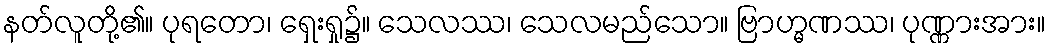
နတ်လူတို့၏။ ပုရတော၊ ရှေးရှု၌။ သေလဿ၊ သေလမည်သော။ ဗြာဟ္မဏဿ၊ ပုဏ္ဏားအား။